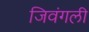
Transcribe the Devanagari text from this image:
जिवंगली